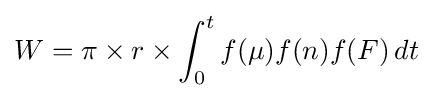
W=\pi \times r\times \int _{0}^{t}f(\mu )f(n)f(F)\,dt